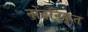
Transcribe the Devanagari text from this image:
नोंदनिकृत